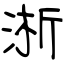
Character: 淅